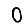
Digit: 0